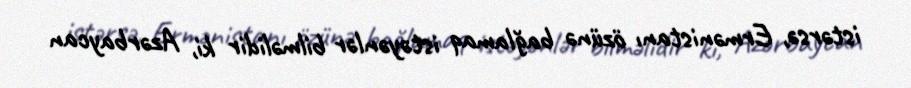
istərsə, Ermənistanı özünə bağlamaq istəyənlər bilməlidir ki, Azərbaycan